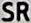
SR